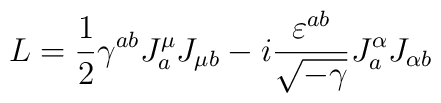
L= \frac{1}{2} \gamma^{ab} J^{\mu}_{a} J_{\mu b}                              -i\frac {\varepsilon^{a b}}{\sqrt{-\gamma}} J^{\alpha}_{a} J_{\alpha b}       \nonumber